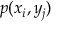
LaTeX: p ( x _ { i } , y _ { j } )